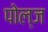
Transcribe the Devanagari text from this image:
पोल्ज